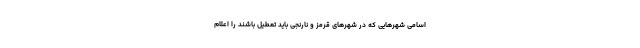
اسامی شهرهایی که در شهرهای قرمز و نارنجی باید تعطیل باشند را اعلام